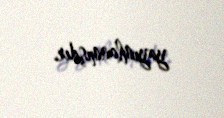
yayımlanmışdır.